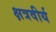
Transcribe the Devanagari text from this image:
क्षत्रवीर्य